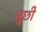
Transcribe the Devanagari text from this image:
सूछी